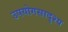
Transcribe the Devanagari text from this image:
उपयोगसादृश्य